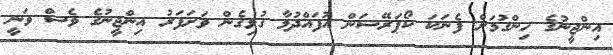
އިންޖީނުގެ ހިންގުމަށް ފެނަކަ ކޯޕަރޭޝަން އުފައްދުމާ ގުޅިގެން ވަށަފަރު އިންޖީނުގެ ވެސް ވަނީ